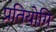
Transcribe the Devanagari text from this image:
प्रतियोगि